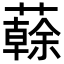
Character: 𧁀